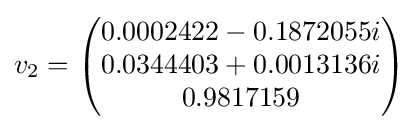
v_{2}={\begin{pmatrix}0.0002422-0.1872055i\\0.0344403+0.0013136i\\0.9817159\\\end{pmatrix}}